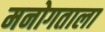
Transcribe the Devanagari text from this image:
मनोगताला